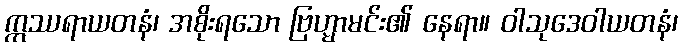
ဣဿရာယတနံ၊ အစိုးရသော ဗြဟ္မာမင်း၏ နေရာ။ ဝါသုဒေဝါယတနံ၊